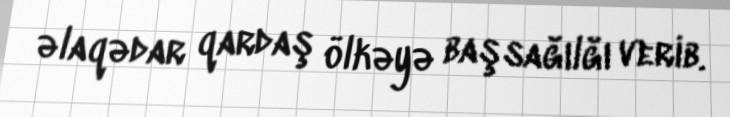
əlaqədar qardaş ölkəyə başsağılğı verib.